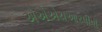
એએએચઆરપીપી